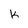
Character: K